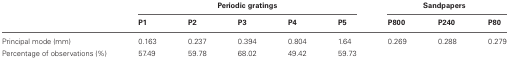
|  | <COLSPAN=5> Periodic gratings | <COLSPAN=3> Sandpapers |
 |  | P1 | P2 | P3 | P4 | P5 | P800 | P240 | P80 |
 | --- | --- | --- | --- | --- | --- | --- | --- | --- |
 | Principal mode (mm) | 0.163 | 0.237 | 0.394 | 0.804 | 1.64 | 0.269 | 0.288 | 0.279 |
 | Percentage of observations (%) | 57.49 | 59.78 | 68.02 | 49.42 | 59.73 |  |  |  |